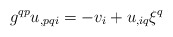
\begin{align*}g^{qp}u_{,pqi}=-v_{i}+u_{,iq}\xi^q\end{align*}